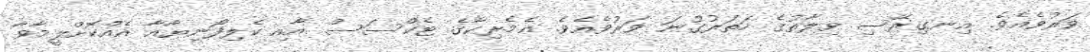
ވަރުވެއެވެ. އިނގިރޭސި ވިލާތުގެ ހަތަރުގުނަ ވަރުވެއެވެ. އެމެރިކާގެ ޓެކްސަސް އާއި ކެލިފޯނިޔާއާ އެއްކޮށްލީމާވާ